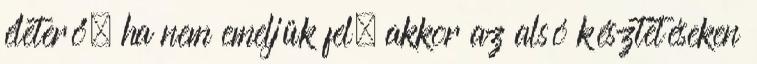
életerő, ha nem emeljük fel, akkor az alsó késztetéseken